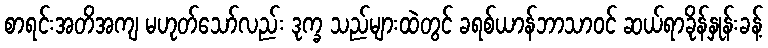
စာရင်းအတိအကျ မဟုတ်သော်လည်း ဒုက္ခ သည်များထဲတွင် ခရစ်ယာန်ဘာသာဝင် ဆယ်ရာခိုန်နှုန်းခန့်